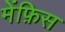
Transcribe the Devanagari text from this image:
मेंफ़िस